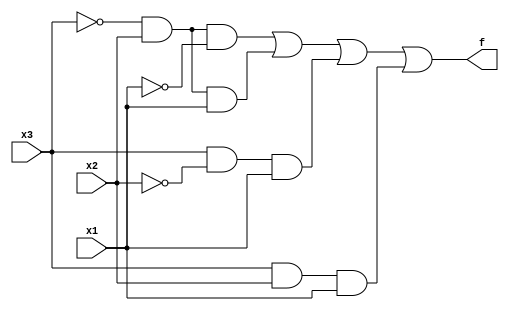
module top_module( 
    input x3,
    input x2,
    input x1,  // three inputs
    output f   // one output
);
	wire n1, n2, n3, n4;
    assign n1 = (~x3) & x2 & (~x1);
    assign n2 = (~x3) & x2 & x1;
    assign n3 = x3 & (~x2) & x1;
    assign n4 = x3 & x2 & x1;
    assign f = n1 | n2 | n3 | n4;
endmodule